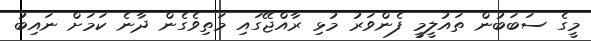
މީގެ ސަބަބުން ތައުލީމީ ފެންވަރު މުޅި ރާއްޖޭގައި މަތިވެގެން ދާނެ ކަމަށް ނައިބު